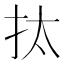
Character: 𢪯